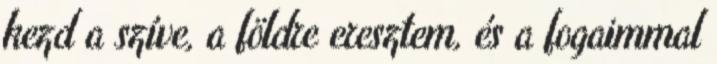
kezd a szíve, a földre eresztem, és a fogaimmal